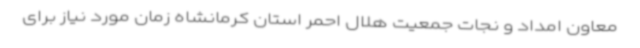
معاون امداد و نجات جمعیت هلال احمر استان کرمانشاه زمان مورد نیاز برای